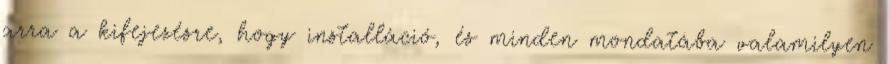
arra a kifejezésre, hogy installáció, és minden mondatába valamilyen